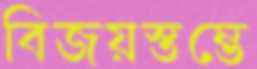
বিজয়স্তম্ভে